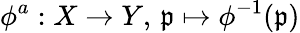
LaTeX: \phi^{a}:X\to Y,\, {\mathfrak{p}}\mapsto\phi^{-1}({\mathfrak{p}})